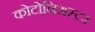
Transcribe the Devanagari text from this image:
कोटोनिअस्टर